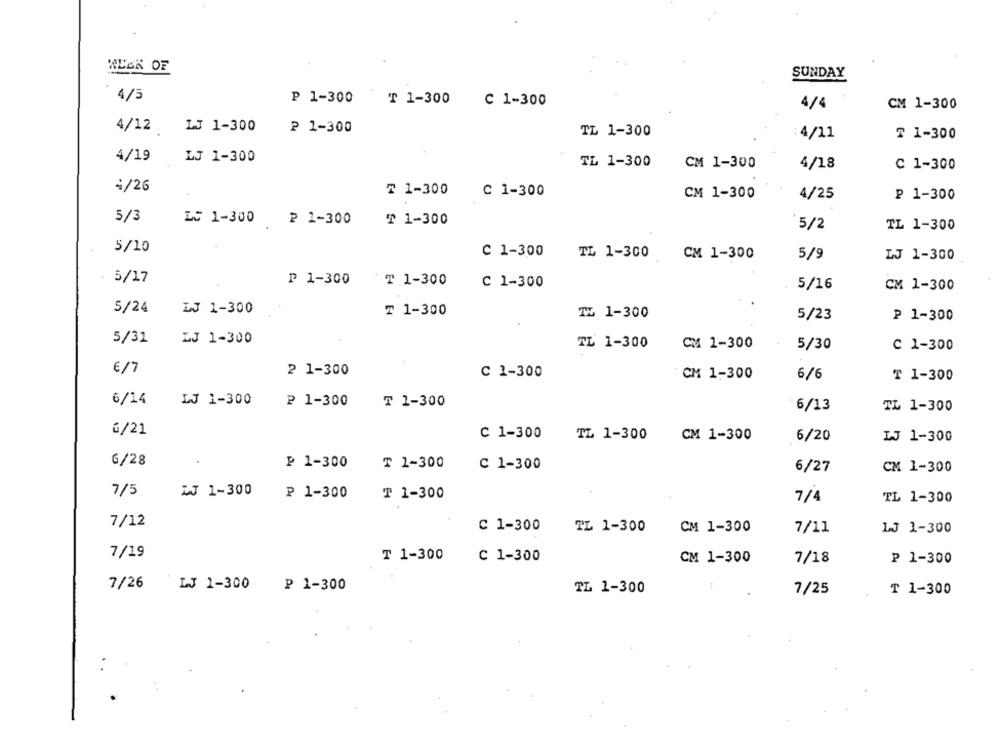
WLEK OF
SUNDAY
.
4/5
P 1-300
T 1-300
C 1-300
4/4
CM 1-300
4/12
P 1-300
LJ 1-300
TL 1-300
: 4/11
T 1-300
4/19
LJ 1-300
TL 1-300
CM 1-300
4/18
C 1-300
4/26
₸ 1-300
C 1-300
CM 1-300
4/25
₽ 1-300
5/3
LC 1-300 ₽ 1-300
₸ 1-300
5/2
TL 1-300
5/10
C 1-300
TL 1-300
CM 1-300
5/9
LJ 1-300
5/17
₱ 1-300
₸ 1-300
C 1-300
5/16
CM 1-300
5/24
LJ 1-300
₸ 1-300
TL 1-300
5/23
P 1-300
5/31
LJ 1-300
TL 1-300
CM 1-300
5/30
C 1-300
€/7
2 1-300
C 1-300
CM 1-300
6/6
T 1-300
6/14
LJ 1-300
₽ 1-300
₸ 1-300
6/13
TL 1-300
6/21
C 1-300
CM 1-300
TL 1-300
6/20
LJ 1-300
6/28
₱ 1-300
₸ 1-300
C 1-300
6/27
CM 1-300
7/5
WJ 1-300
₽ 1-300
₸ 1-300
7/4
TL 1-300
7/12
C 1-300
TL 1-300
CM 1-300
7/11
13 1-300
7/19
T 1-300
C 1-300
CM 1-300
7/18
P 1-300
7/26
LJ 1-300
₽ 1-300
TL 1-300
7/25
₸ 1-300